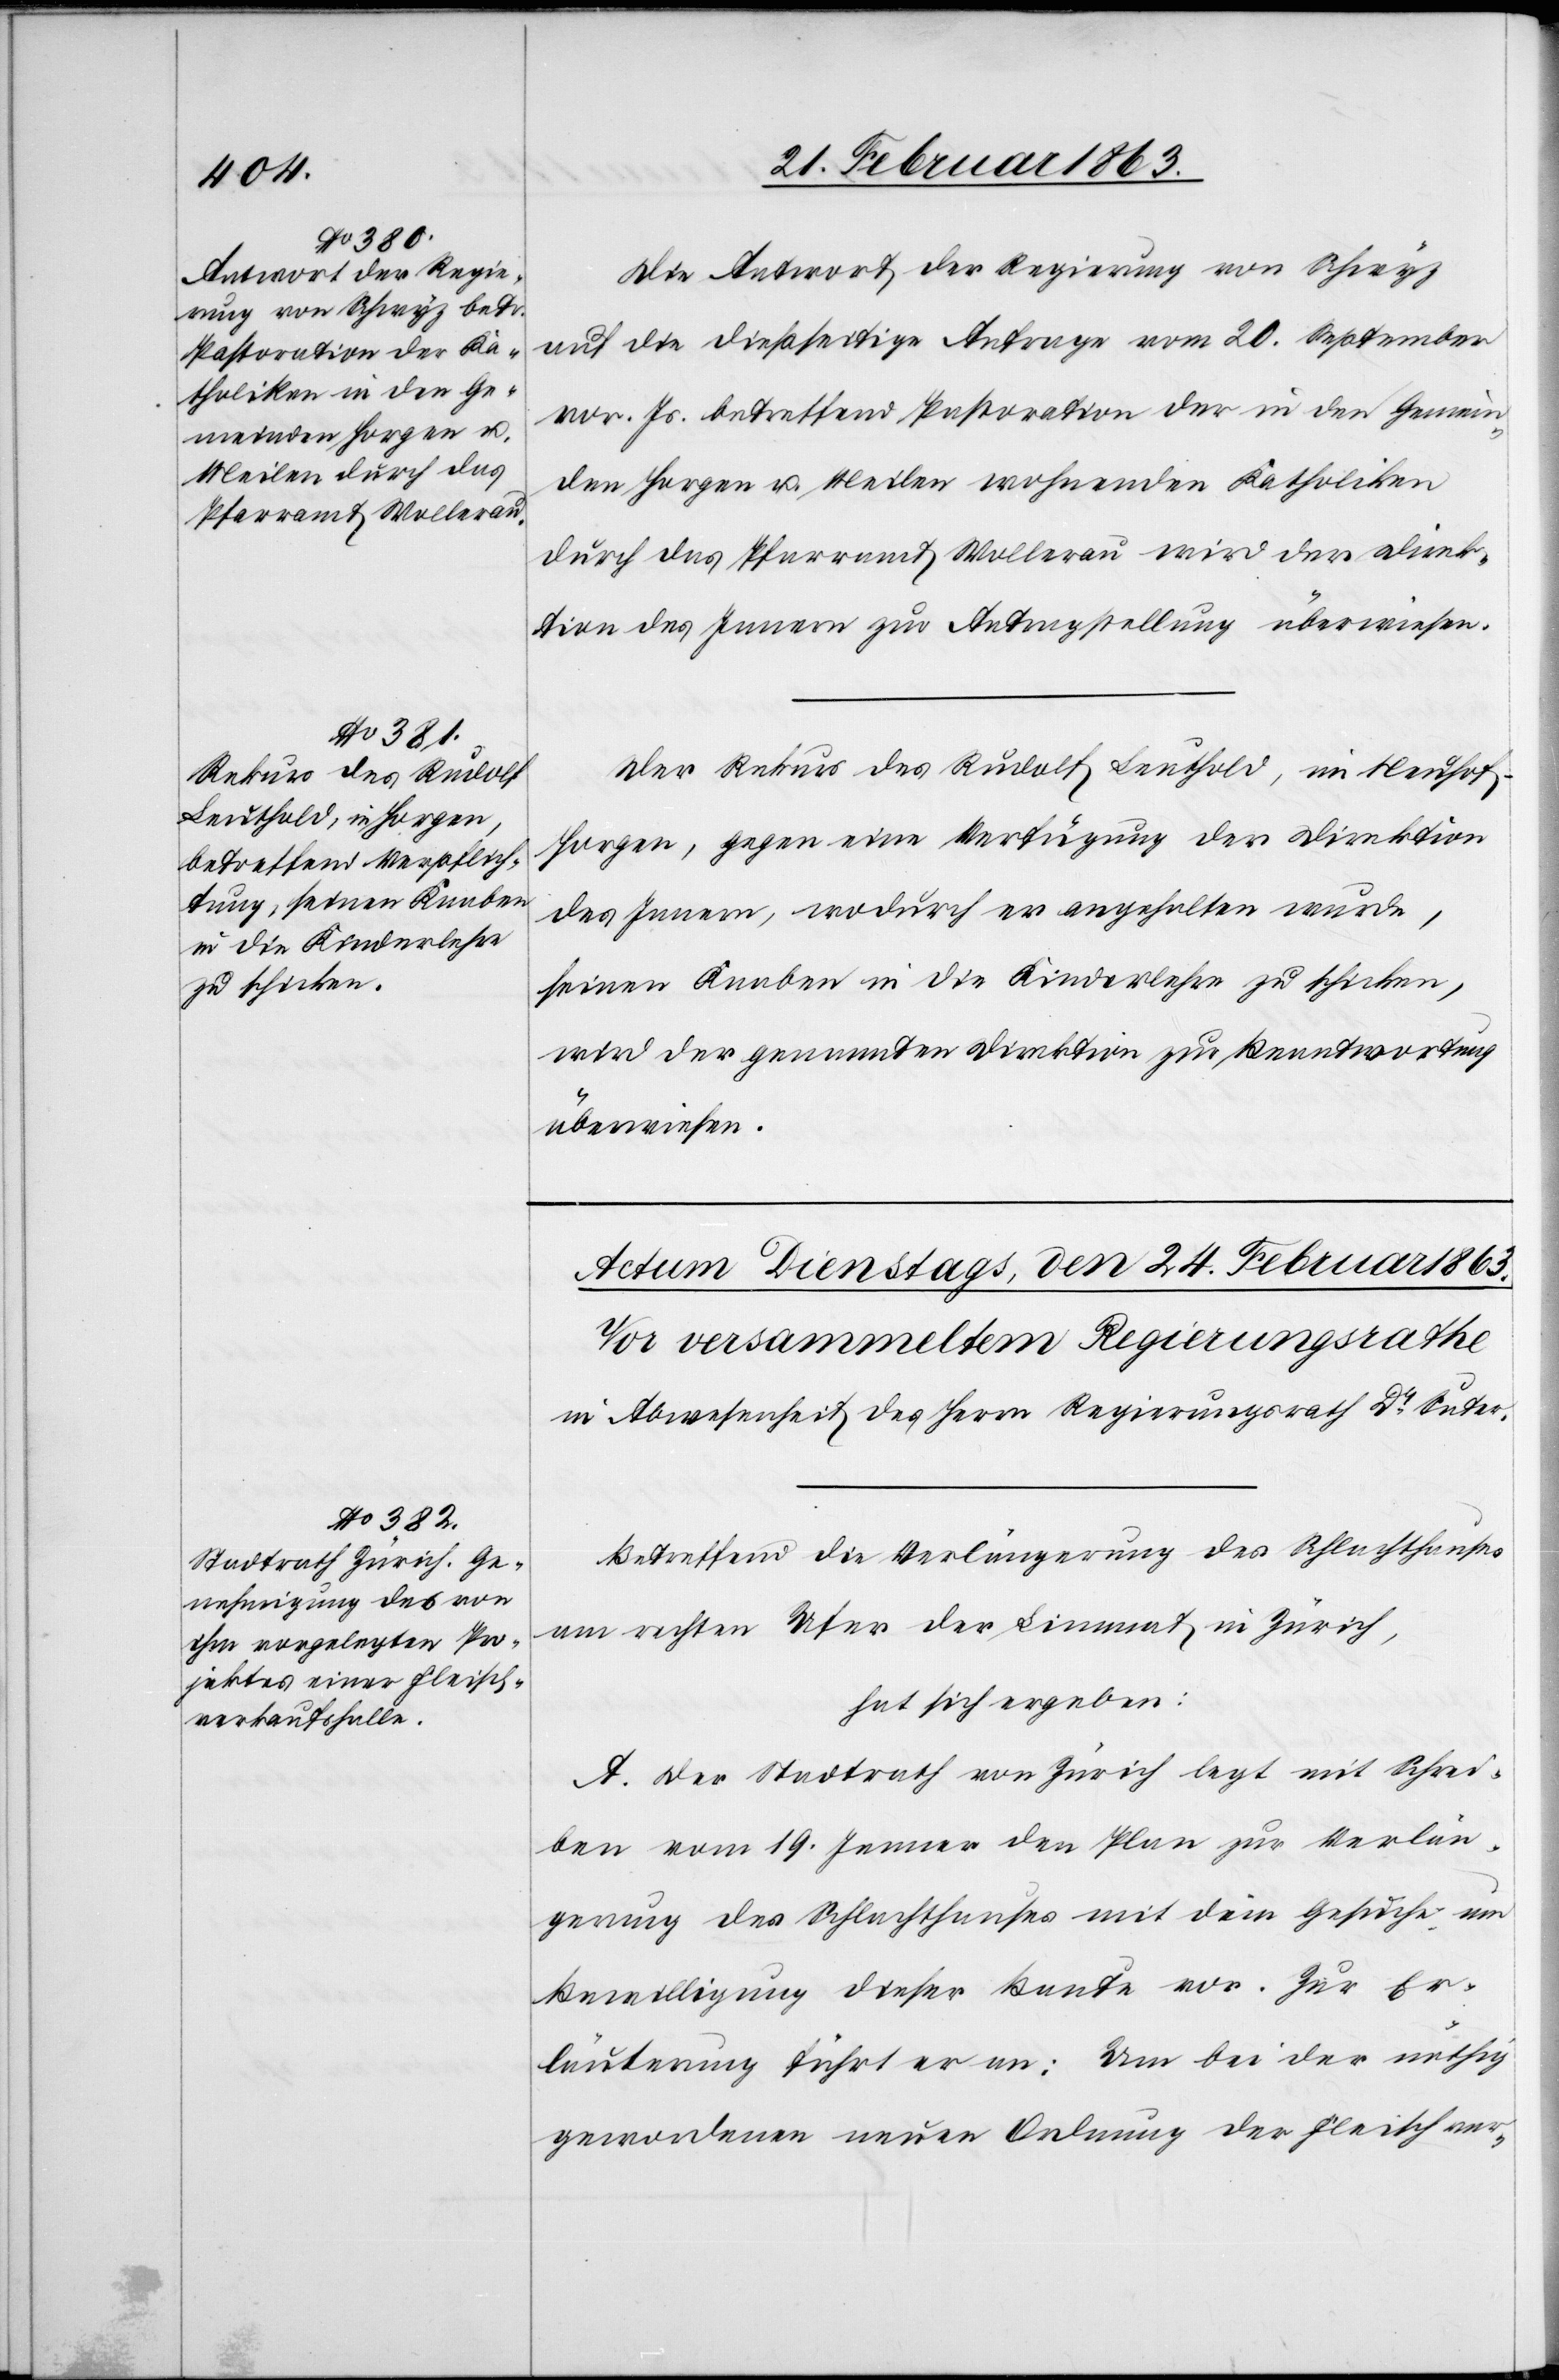
23. Februar 1863.]
Die Antwort der Regierung von Schwyz
auf die dießseitige Anfrage vom 20. September
vor. Js. betreffend Pastoration der in den Gemein¬
den Horgen u. Meilen wohnenden Katholiken
durch das Pfarramt Wollerau wird der Direk¬
tion des Innern zur Antragstellung überwiesen.
Der Rekurs des Rudolf Leuthold, in Neuhof–H¬
orgen, gegen eine Verfügung der Direktion
des Innern, wodurch er angehalten wurde,
seinen Knaben in die Kinderlehre zu schicken,
wird der genannten Direktion zur Beantwortung
überwiesen.
Betreffend die Verlängerung des Schlachthauses
am rechten Ufer der Limmat in Zürich,
hat sich ergeben:
A. Der Stadtrath von Zürich legt mit Schrei¬
ben vom 19. Jenner den Plan zur Verlän¬
gerung des Schlachthauses mit dem Gesuche um
Bewilligung dieser Baute vor. Zur Er¬
läuterung führt er an: Um bei der nöthig
gewordenen neuen Ordnung der Fleischver-